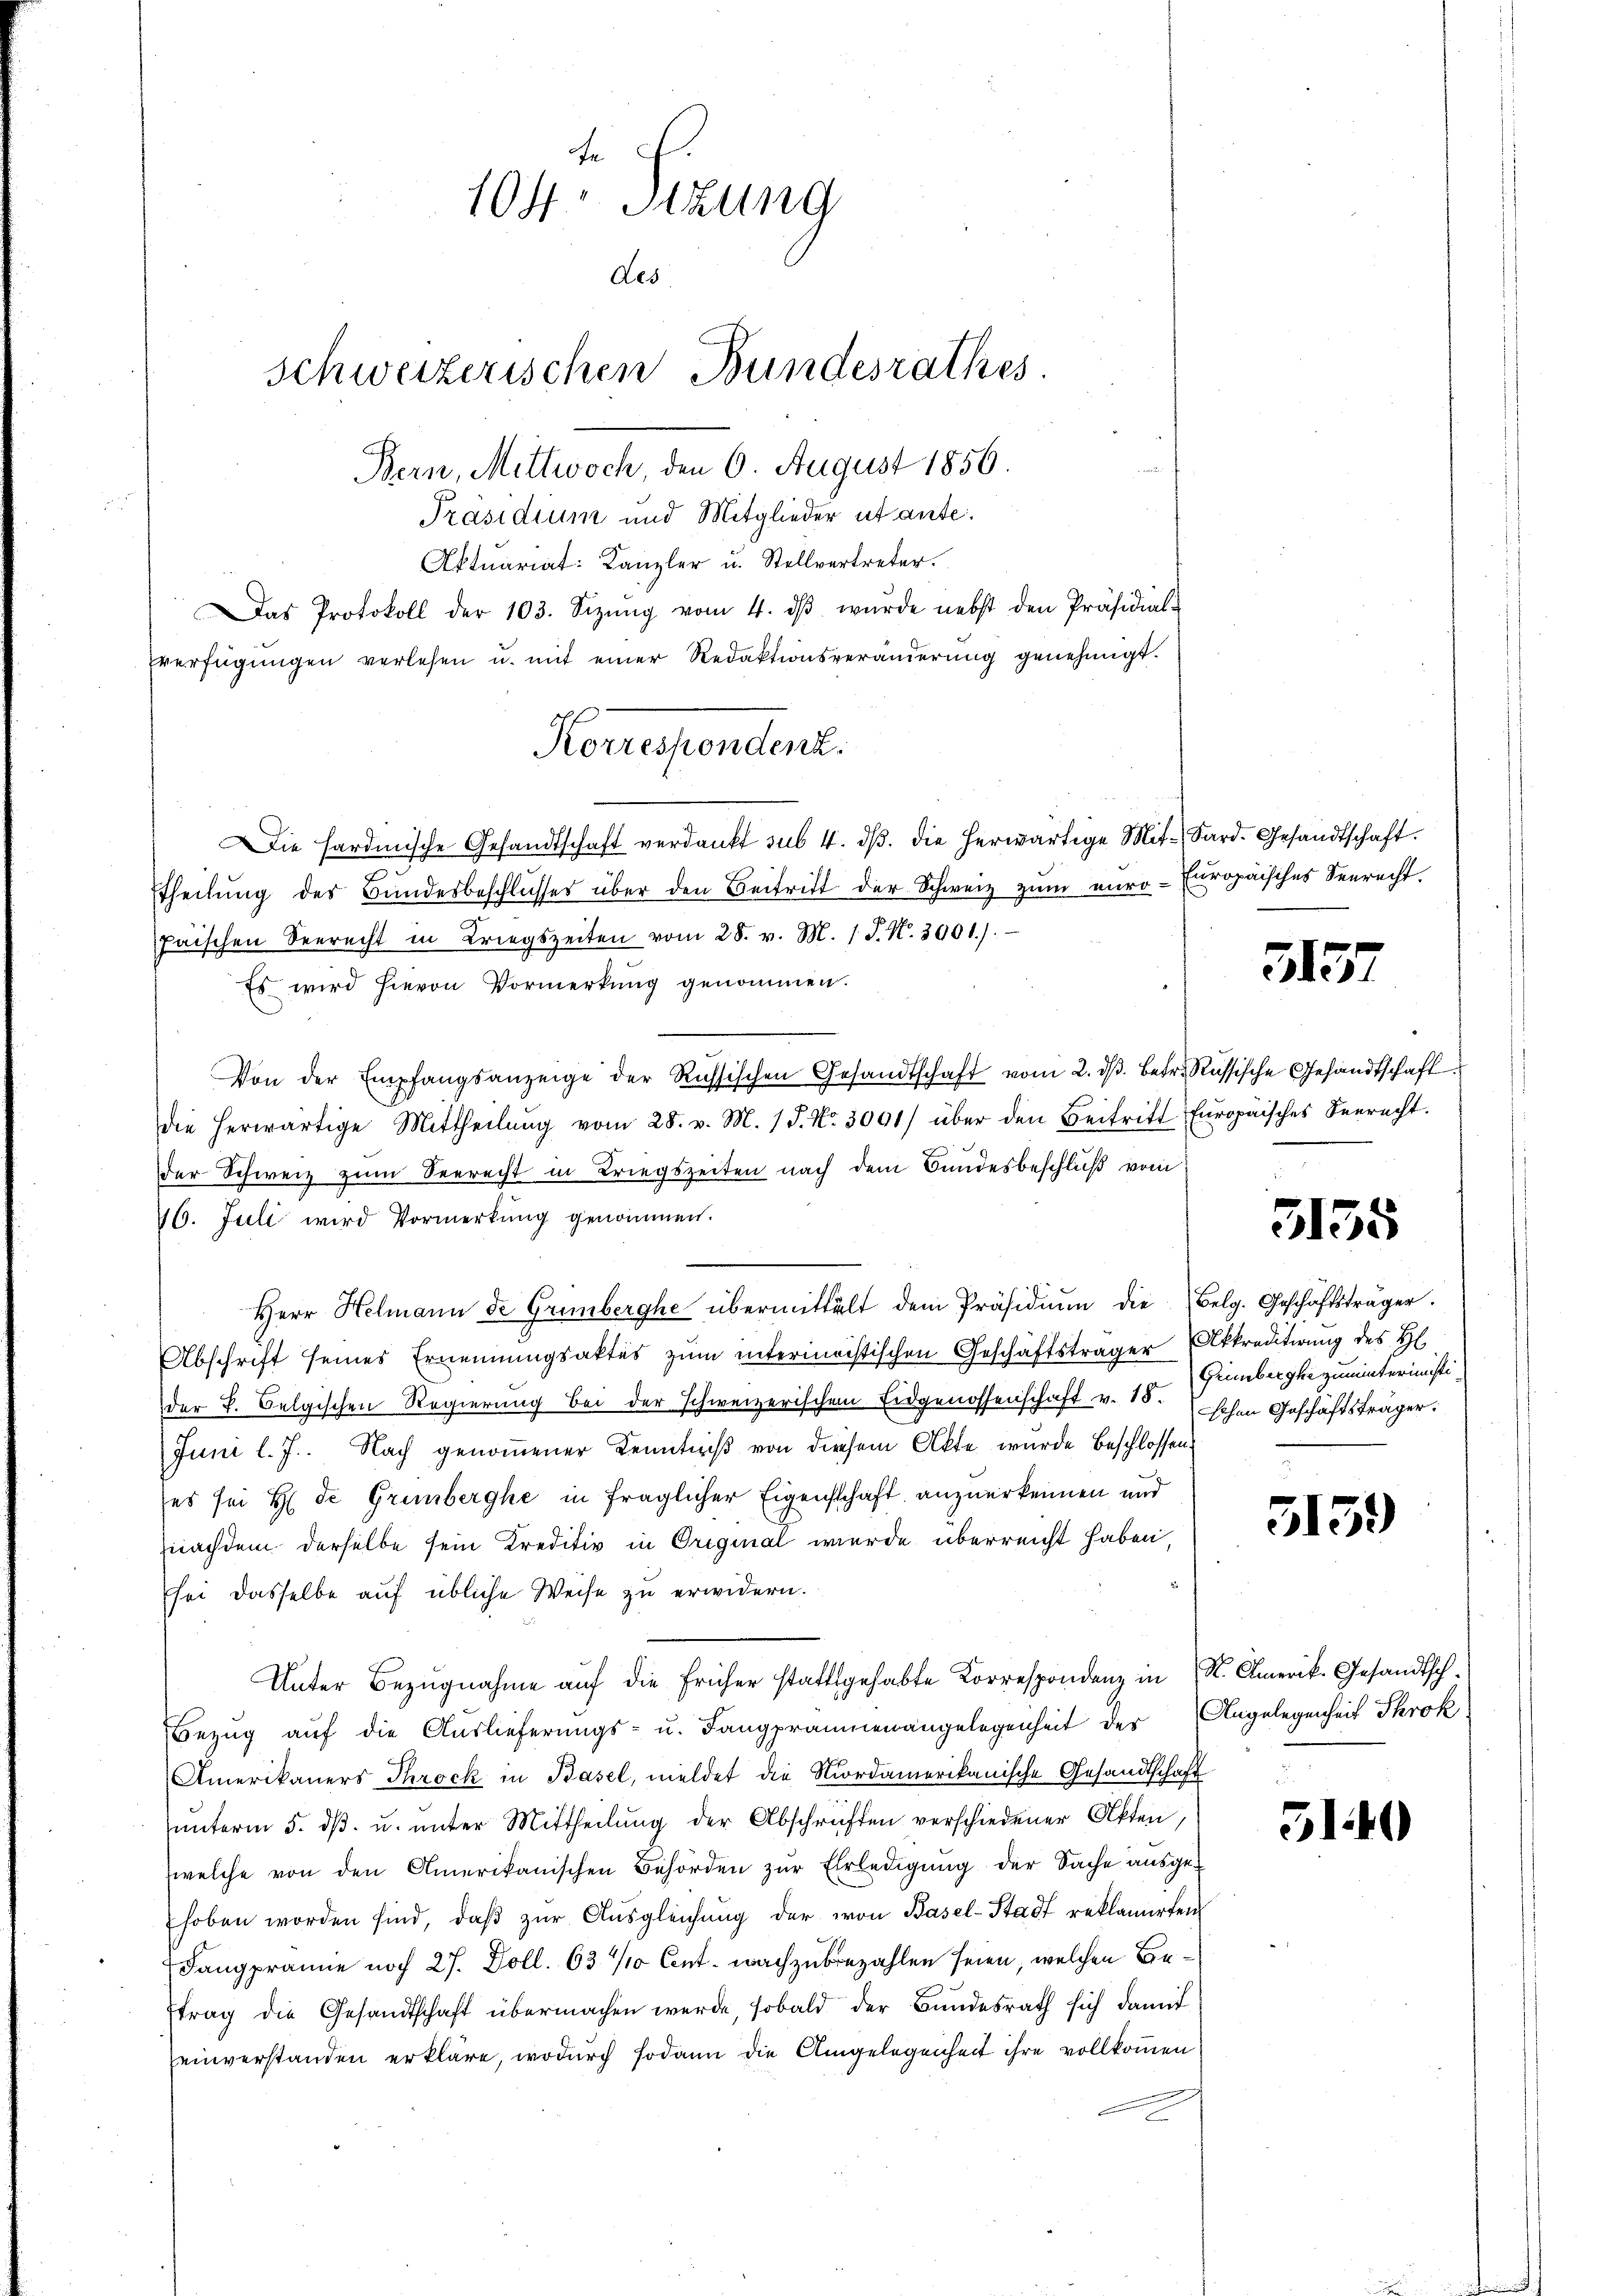
te
104. Sitzung
des
schweizerischen Bundesrathes
Bern, Mittwoch, den 6. August 1856.

Präsidium und Mitglieder ut ante.
Aktuariat: Kanzler u. Stellvertreter.
Das Protokoll der 103. Sizŭng vom 4. dβ wŭrde nebst den Präsidial-
verfügŭngen verlesen u. mit einer Redaktionsveränderŭng genehmigt.
Die Hardmische Gesandtschaft verdankt sub 4. dβ. die herwärtige Mit-Sard. Gesandtschaft.
ttheilung des Bundesbeschlusses über den Beitritt der Schweiz zum euro- Europäisches Seerecht.
paischen Seerecht in Kriegszeiten vom 28. v. M. 1. J. N. 3901).
Es wird hievon Vormerkung genommen.
Von der Empfangsanzeige der Russischen Gesandtschaft vom 2. dβ betr. Russische Gesandtschaft
die herwärtige Mittheilŭng vom 28. v. M. 1 S. Nr. 3001) über den Beitritt Europäisches Seerecht.
der Schweiz zum Seerecht in Kriegszeiten nach dem Bundesbeschluß vom
46. Juli wird Vormerkung genommen.
Herr Helmann de Grünberghe übermittelt dem Präsidiŭm die Belg. Geschäftsträger.
Abschrift seines Ernennungsaktes zum intermeistischen Geschäftsträger Akkreditirung des H
der L. Belgischen Regierung bei der schweizerischen Eidgenossenschaft v. 15. schen Geschäftsträger.
Juni l. J. Nach genommener Kenntniß von diesem Akte wurde beschlossen
(es sei H. de Grünberghe in fraglicher Eigenschaft anzuerkennen und
nachdem derselbe sein Kreditiv in Original werde überreicht haben,
sei dasselbe auf übliche Weise zu erwidern.
Unter Bezugnahme auf die früher stattgehabte Korrespondenz in K. Amerik. Gesandtsch¬
Bezŭg aŭf die Aŭslieferŭngs- u. Fangpraunenangelegenheit der Angelegenheit Throk
Amerikaners Throck in Basel, meldet die Mordamerikanische Gesandtschaft
ŭnterm 5. dβ. u. ŭnter Mittheilŭng der Abschriften verschiedener Akten,
welche von den Amerikanischen Behörden zŭr Erledigŭng der Sache ausge-
hoben worden sind, daβ zŭr Aŭsgleichŭng der von Basel-Stadt reklamirten
Fangprämie noch 27. Doll. 63 / Cent nachzubezahlen seien, welchen Beftrag die Gesandtschaft übermachen werde, sobald der Bundesrath sich damit
einverstanden erkläre, wodurch sodann die Angelegenheit ihre vollkommen

Korrespendent.

5157

3155

Grünbergke zuminterinsti¬

5159)

5140